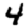
Digit: 4